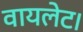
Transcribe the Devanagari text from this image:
वायलेट।